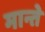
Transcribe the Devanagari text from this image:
मान्ते